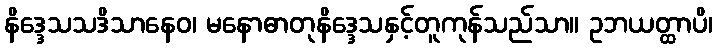
နိဒ္ဒေသသဒိသာနေဝ၊ မနောဓာတုနိဒ္ဒေသနှင့်တူကုန်သည်သာ။ ဥဘယတ္ထာပိ၊